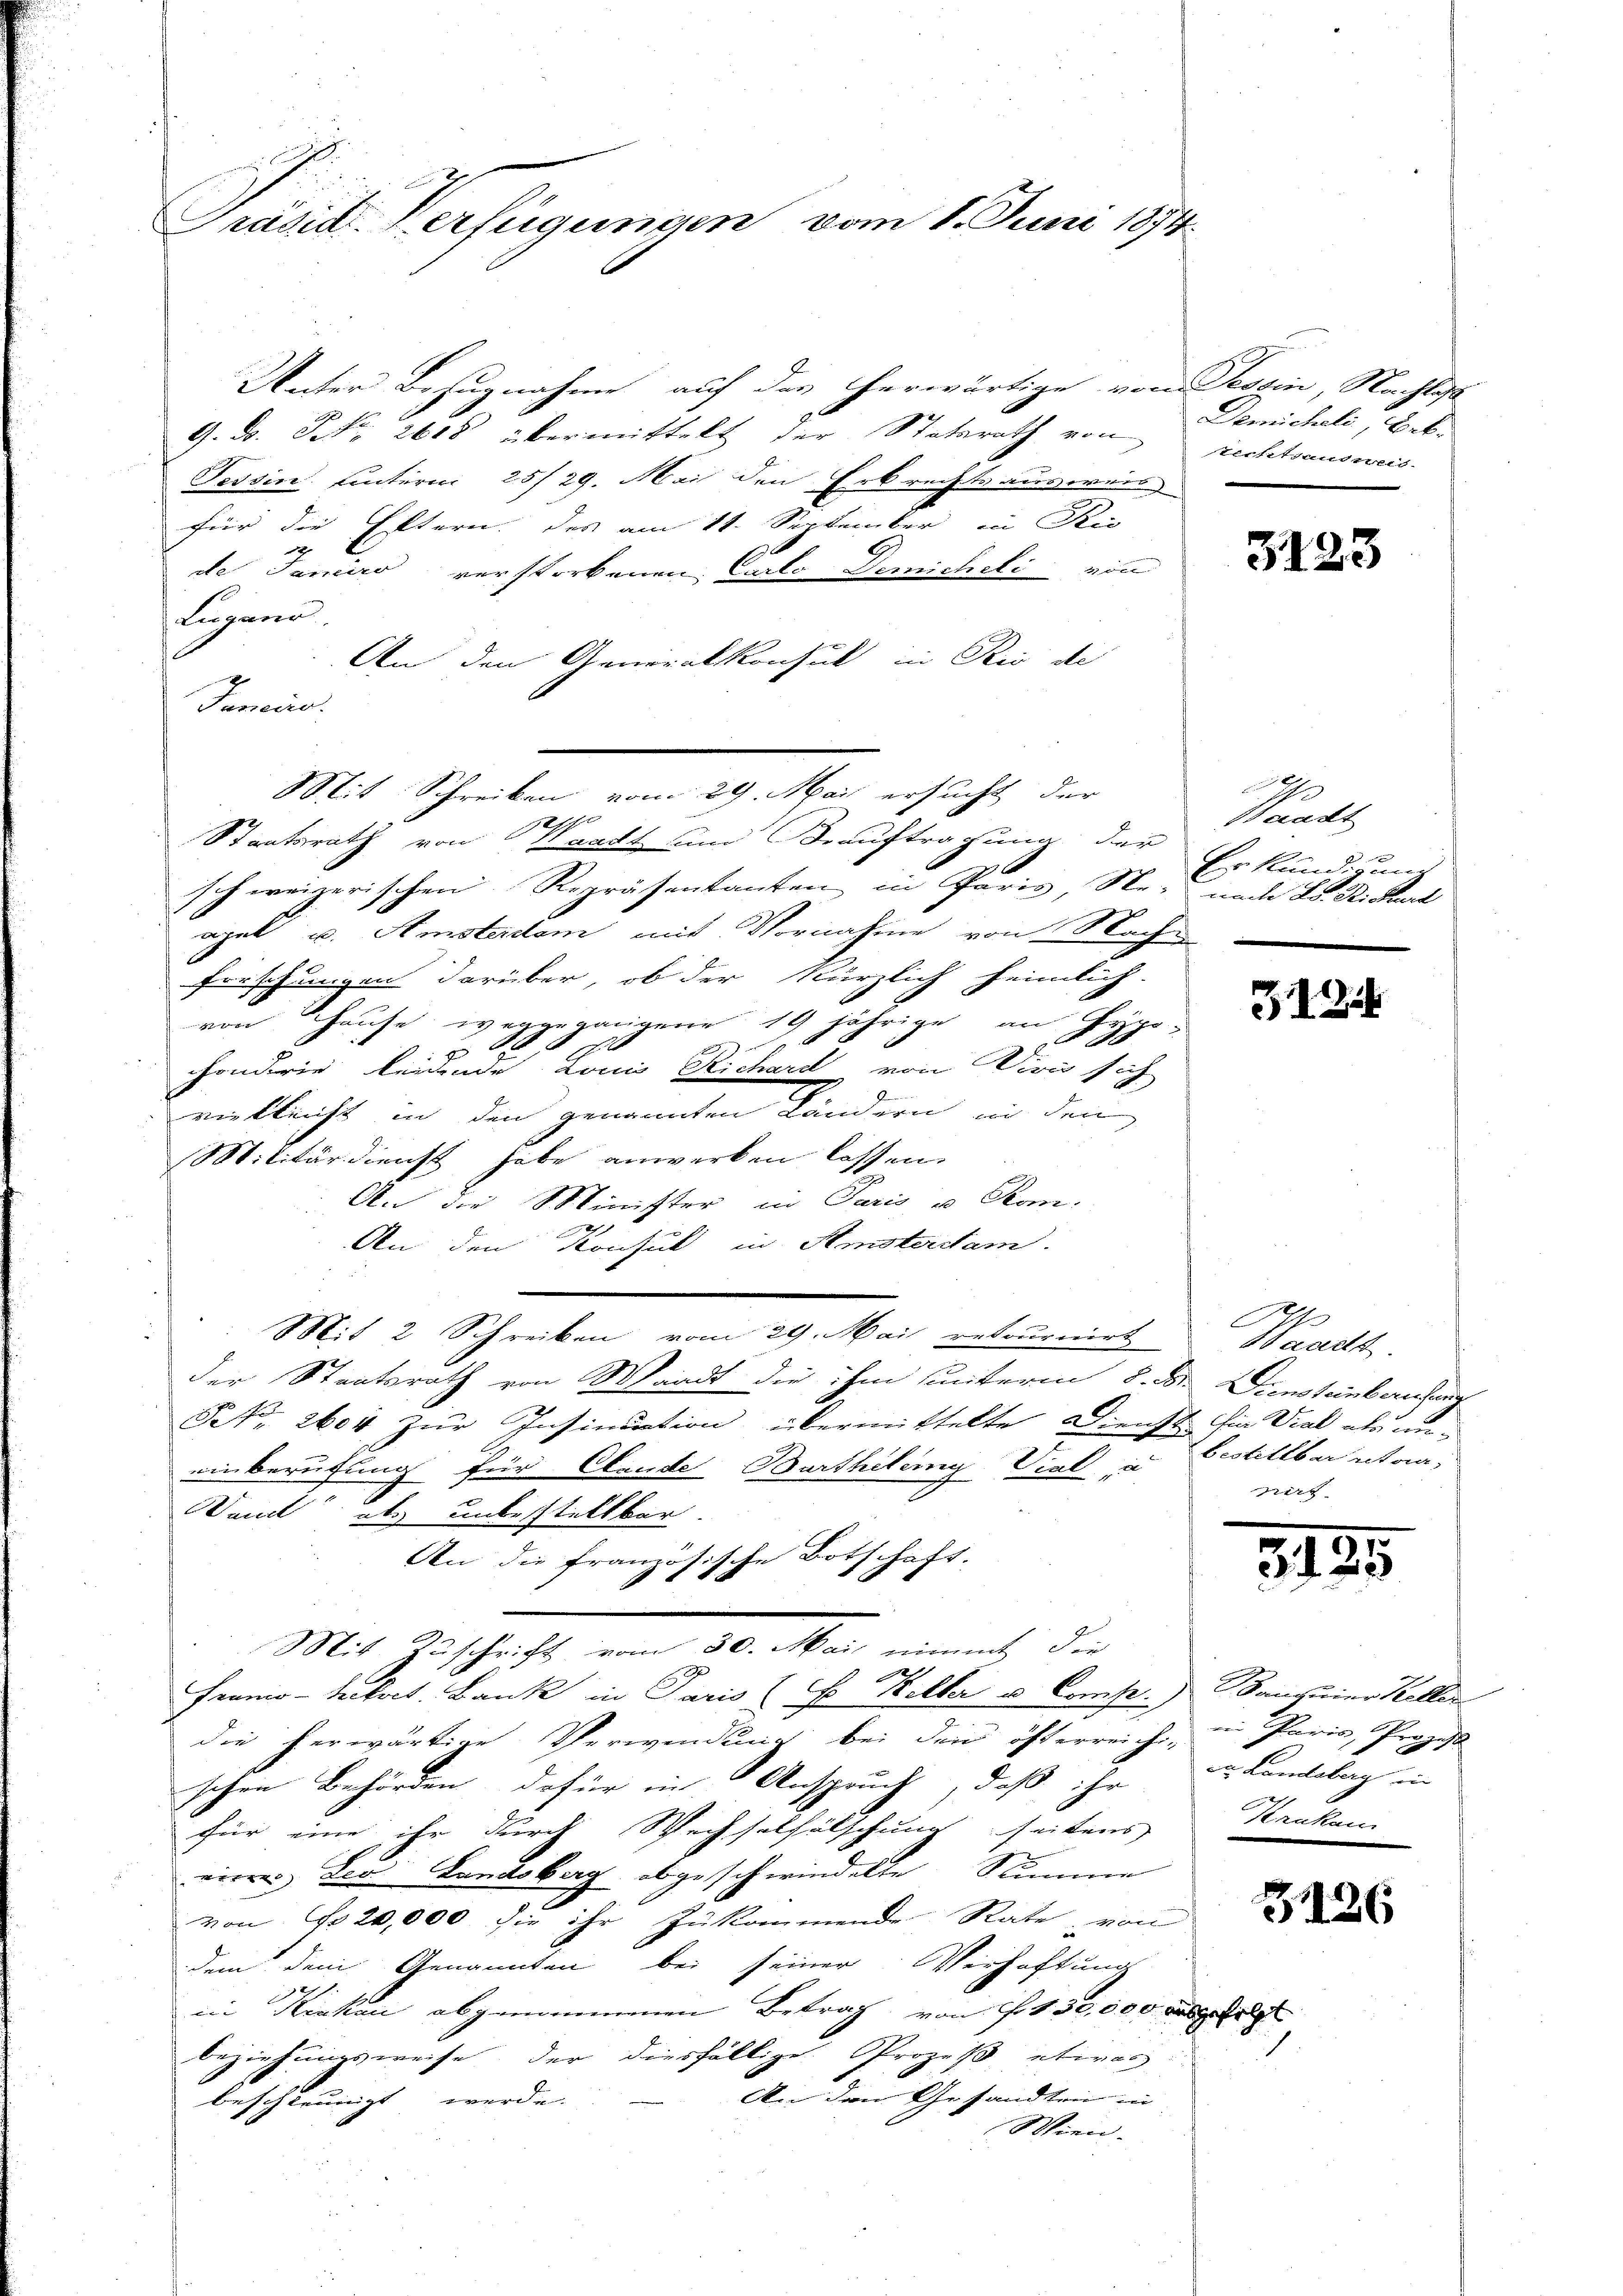
Präsid. Verfügungen vom 1. Juni 1874.

Unter Bezugnahme auf das herwärtige von Tessin, Nachlaß
G. D. P. 2618 übermittelt der Statsrath von rechtsausweis-
Tessin, unterm 25/29. Mai den Erbrechts ausweis
für die Eltern. Das am 11. September in Ken
2
de Janeiro verstorbenen Carlo Demicheli von
Lugano
An den Generalkonsul in Rio de
Janeiro.
 sehe
Staatsrath von Waadt und Beauftragung der
schweizerischen Repräsentanten in Paris, Se. nach L. Stickerl
apel u. Amsterdem mit Vornahme von Sache
forschungen darüber, ob der kürzlich heimlich.
von Hause weggegangene 19 jährige an Hypo-
ge

sonderie leidende Louis Richard von Divis sich
vielleicht in den genannten Ländern in den
Militärdienst habe anwerken lassen.
An die Minister in Paris u Kom-
An den Konsul in Amsterdam.
C
Mit 2 Schreiben vom 29. Mai retournirt
der Staatsrath von Waadt die ihm unterm 8. d. Diensteinberufung
NNo. 2604 zur Insinuation übermittelte Dienst fin Viel als un-
einberufung für Elende Barthilung Vial, u
Danck als unbestellbar
An die französische Botschaft. |
Mit Zuschrift vom 30. Mai nimmt die
2
Frrmo- Tkact. Bank in Paris (E Weller u. Comp.   Banquier Keller
die herwärtige Verwendung bei den österreich, u. Paris, Prozes
schen Behörden, dafür in Anspruch, daß ihr zu Landelag in
für eine ihr durch Wechselfälschung seitens Kranken
viren Leo Landsberg abgeschwindelte Stimme
von No 20,000 die ihr zukommende Rate von
dem dem Genannten bei seiner Verhaftung
in Krakau abgenommenen Betrag von Fr. 130,000 ausgel
Beziehungsweise der diesfällige Prozeß etwas
An den Gesandten in
beschleunigt werde.
Wien.

Mit Schreiben vom 29. Mai ersucht der

Deeicheli, Bek.

3123

e
Scart
1
Erkundigung

313

Saarts
bestillbar staa
irt

3125

31126